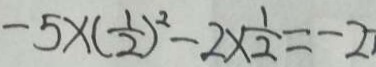
- 5 \times ( \frac { 1 } { 2 } ) ^ { 2 } - 2 \times \frac { 1 } { 2 } = - 2